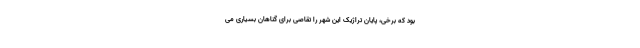
بود که برخی، پایان تراژیک این شهر را تقاصی برای گناهانِ بسیاری می